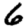
Digit: 6